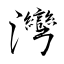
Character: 灣